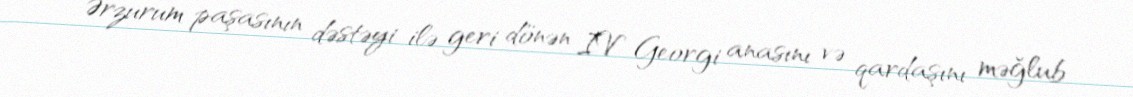
Ərzurum paşasının dəstəyi ilə geri dönən IV Georgi anasını və qardaşını məğlub